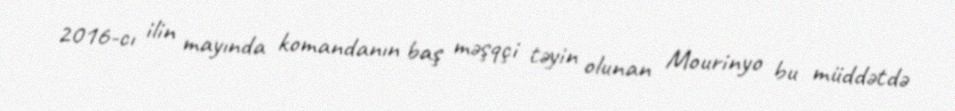
2016-cı ilin mayında komandanın baş məşqçi təyin olunan Mourinyo bu müddətdə